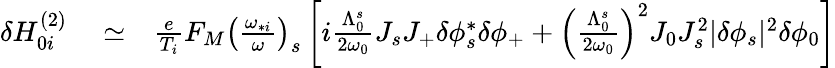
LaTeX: \begin{array}{rlr}{\delta H_{0i}^{(2)}}&{{}\simeq}&{\frac{e}{T_{i}}F_{M}\left(\frac{\omega_{*i}}{\omega}\right)_{s}\left[i\frac{\Lambda_{0}^{s}}{2\omega_{0}}J_{s}J_{+}\delta\phi_{s}^{*}\delta\phi_{+}+\left(\frac{\Lambda_{0}^{s}}{2\omega_{0}}\right)^{2}J_{0}J_{s}^{2}\lvert\delta\phi_{s}\rvert^{2}\delta\phi_{0}\right]}\end{array}